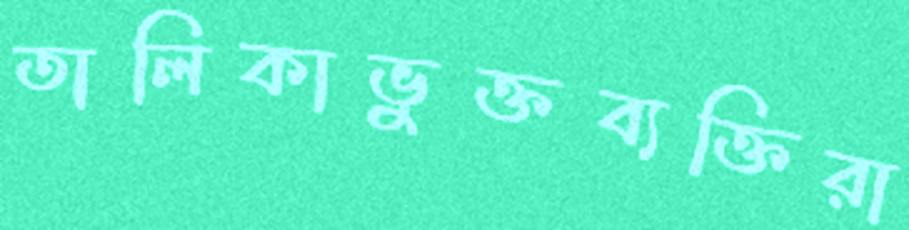
তালিকাভুক্তব্যক্তিরা